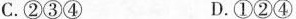
C.②③④ D.①②④